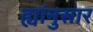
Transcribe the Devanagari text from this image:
ह्यांनुसार